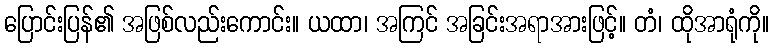
ပြောင်းပြန်၏ အဖြစ်လည်းကောင်း။ ယထာ၊ အကြင် အခြင်းအရာအားဖြင့်။ တံ၊ ထိုအာရုံကို။